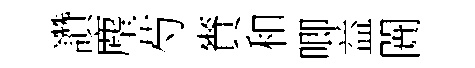
讚麈芍賚和唧益闠